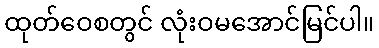
ထုတ်ဝေစတွင် လုံးဝမအောင်မြင်ပါ။